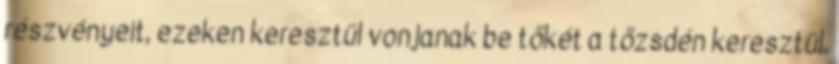
részvényeit, ezeken keresztül vonjanak be tőkét a tőzsdén keresztül.